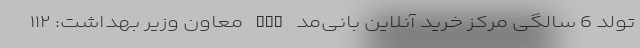
تولد 6 سالگی مرکز خرید آنلاین بانی‌مد nan معاون وزیر بهداشت:‌ ۱۱۲